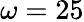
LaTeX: \omega=25